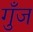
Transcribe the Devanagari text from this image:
गुँज